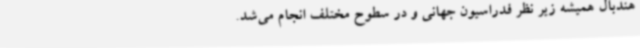
هندبال همیشه زیر نظر فدراسیون جهانی و در سطوح مختلف انجام می‌شد.